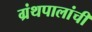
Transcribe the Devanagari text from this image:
ग्रंथपालांची